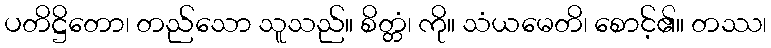
ပတိဋ္ဌိတော၊ တည်သော သူသည်။ စိတ္တံ၊ ကို။ သံယမေတိ၊ စောင့်၏။ တဿ၊